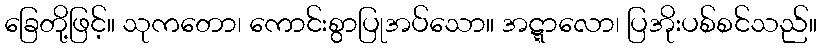
ခြေတို့ဖြင့်။ သုကတော၊ ကောင်းစွာပြုအပ်သော။ အဋ္ဋာလော၊ ပြအိုးပစ်စင်သည်။